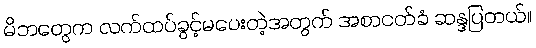
မိဘတွေက လက်ထပ်ခွင့်မပေးတဲ့အတွက် အစာငတ်ခံ ဆန္ဒပြတယ်။